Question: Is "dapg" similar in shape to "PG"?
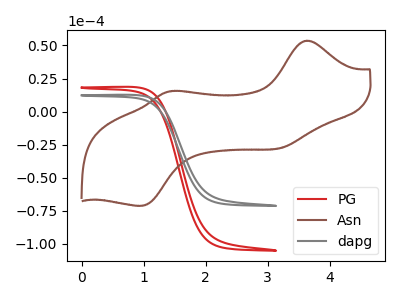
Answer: <think>The red curve "PG" has no peaks. The brown curve "Asn" has anodic peaks at (3.65V, 53.60uA) (1.50V, 15.60uA) and cathodic peaks at (3.25V, -27.05uA) (0.95V, -71.20uA). The gray curve "dapg" has no peaks.
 Neither "dapg" or "PG" have any peaks.</think>
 <answer>"dapg" and "PG" are similar in shape.</answer>
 <eval>same_shape</eval>